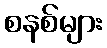
စနစ်များ